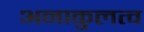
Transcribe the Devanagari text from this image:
अनाकुलत्व